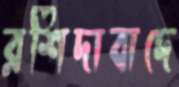
রশিদাবাদে